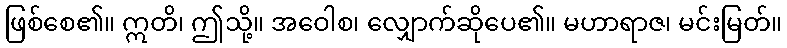
ဖြစ်စေ၏။ ဣတိ၊ ဤသို့။ အဝေါစ၊ လျှောက်ဆိုပေ၏။ မဟာရာဇ၊ မင်းမြတ်။